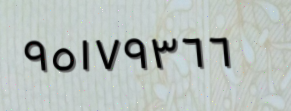
٩٥١٧٩٣٦٦